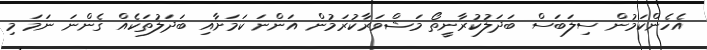
އެހެންކަމުން ސިލަބަސް ބަދަލުކުރާނީތޯ މަޝްވަރާކުރަމުން އަންނަ ކަމަށާއި ބަދަލުތަކެއް ގެންނަ ނަމަ މި